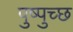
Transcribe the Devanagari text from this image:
पुष्पुच्छ